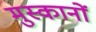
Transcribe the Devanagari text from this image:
मुस्कानों